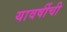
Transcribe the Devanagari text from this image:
यावर्षीची